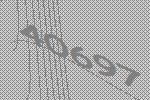
40697